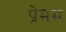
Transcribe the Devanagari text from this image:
प्रेमम